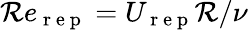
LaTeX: \mathcal{R}e_{\mathrm{{~r~e~p~}}}=U_{\mathrm{{~r~e~p~}}}\mathcal{R}/\nu